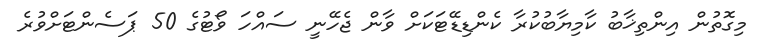
މިގޮތުން އިންތިޚާބު ކާމިޔާބުކުރާ ކެންޑިޑޭޓަކަށް ވާން ޖެހޭނީ ސައްހަ ވޯޓުގެ 50 ޕަސެންޓަށްވުރެ